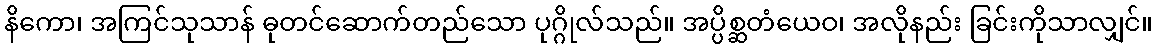
နိကော၊ အကြင်သုသာန် ဓုတင်ဆောက်တည်သော ပုဂ္ဂိုလ်သည်။ အပ္ပိစ္ဆတံယေဝ၊ အလိုနည်း ခြင်းကိုသာလျှင်။